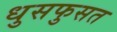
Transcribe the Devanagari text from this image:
धुसफुसत